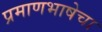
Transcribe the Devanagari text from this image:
प्रमाणभाषेचा